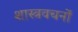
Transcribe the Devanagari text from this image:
शास्त्रवचनों